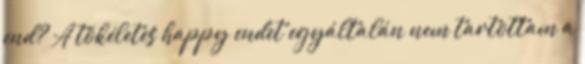
end? A tökéletes happy endet egyáltalán nem tartottam a